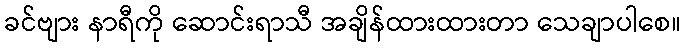
ခင်ဗျား နာရီကို ဆောင်းရာသီ အချိန်ထားထားတာ သေချာပါစေ။